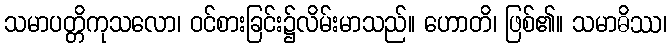
သမာပတ္တိကုသလော၊ ဝင်စားခြင်း၌လိမ်းမာသည်။ ဟောတိ၊ ဖြစ်၏။ သမာဓိဿ၊